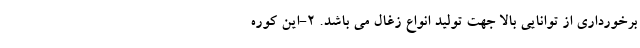
برخورداری از توانایی بالا جهت تولید انواع زغال می باشد. 2-این کوره